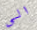
الى